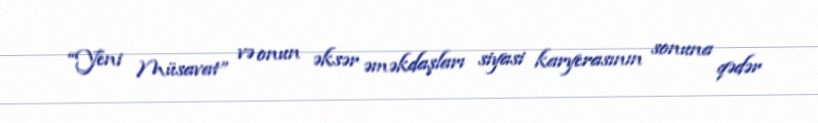
“Yeni Müsavat” və onun əksər əməkdaşları siyasi karyerasının sonuna qədər